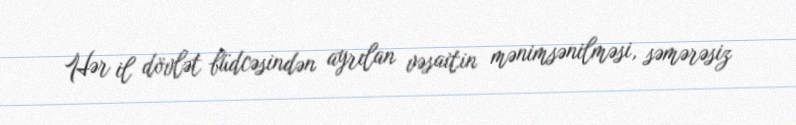
Hər il dövlət büdcəsindən ayrılan vəsaitin mənimsənilməsi, səmərəsiz